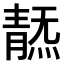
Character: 𩇞